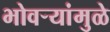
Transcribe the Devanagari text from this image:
भोवर्‍यांमुळे